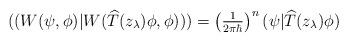
LaTeX: \begin{align*}((W(\psi,\phi)|W(\widehat{T}(z_{\lambda})\phi,\phi)))=\left( \tfrac{1}{2\pi\hbar}\right) ^{n}(\psi|\widehat{T}(z_{\lambda})\phi)\end{align*}